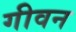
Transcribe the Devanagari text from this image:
गीवन